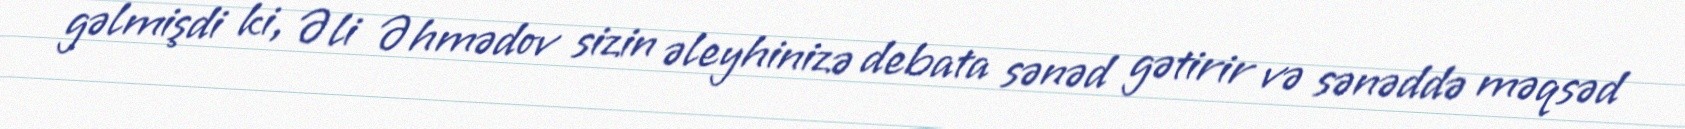
gəlmişdi ki, Əli Əhmədov sizin əleyhinizə debata sənəd gətirir və sənəddə məqsəd